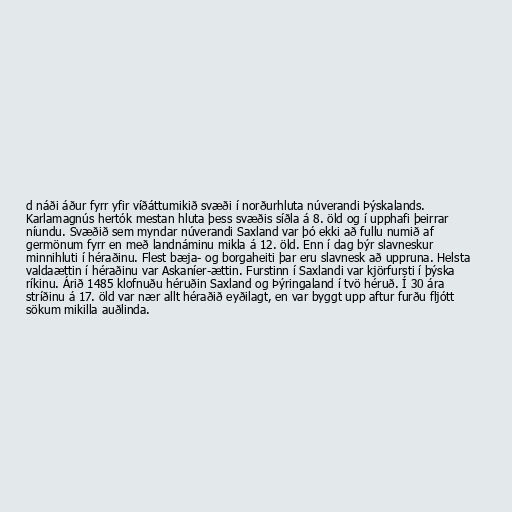
d náði áður fyrr yfir víðáttumikið svæði í norðurhluta núverandi Þýskalands.
Karlamagnús hertók mestan hluta þess svæðis síðla á 8. öld og í upphafi þeirrar
níundu. Svæðið sem myndar núverandi Saxland var þó ekki að fullu numið af
germönum fyrr en með landnáminu mikla á 12. öld. Enn í dag býr slavneskur
minnihluti í héraðinu. Flest bæja- og borgaheiti þar eru slavnesk að uppruna. Helsta
valdaættin í héraðinu var Askaníer-ættin. Furstinn í Saxlandi var kjörfursti í þýska
ríkinu. Árið 1485 klofnuðu héruðin Saxland og Þýringaland í tvö héruð. Í 30 ára
stríðinu á 17. öld var nær allt héraðið eyðilagt, en var byggt upp aftur furðu fljótt
sökum mikilla auðlinda.